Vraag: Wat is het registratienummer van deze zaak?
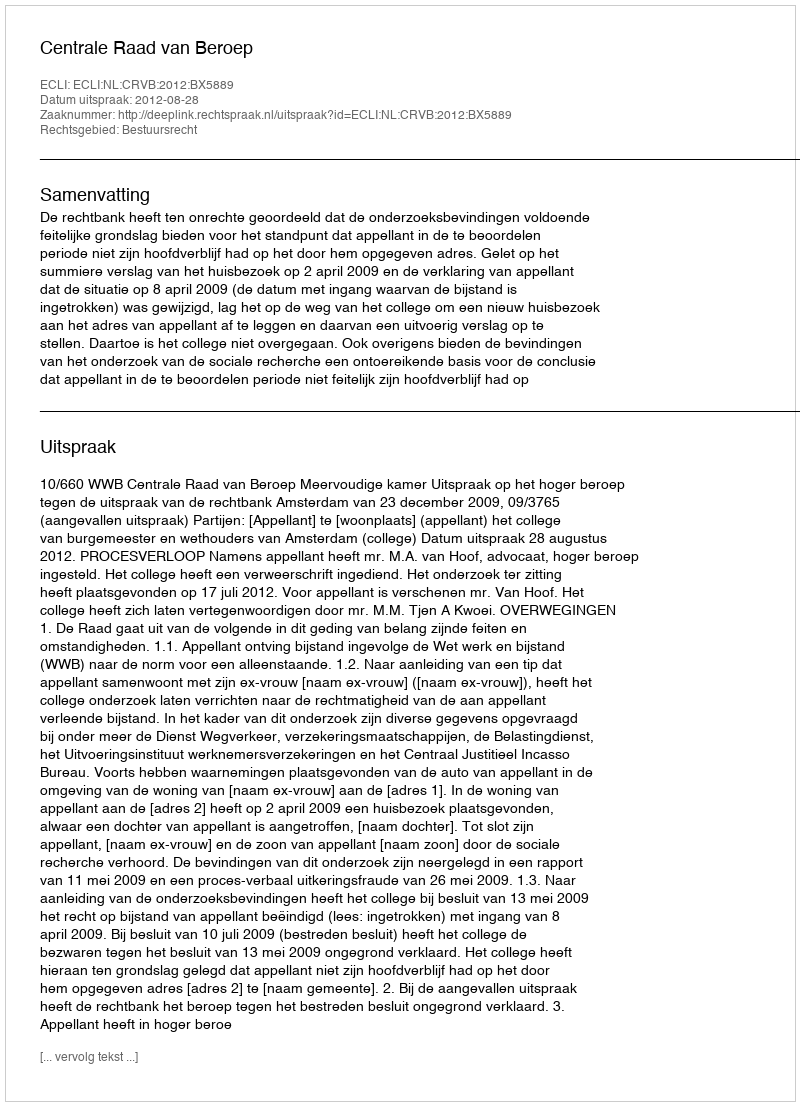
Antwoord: http://deeplink.rechtspraak.nl/uitspraak?id=ECLI:NL:CRVB:2012:BX5889